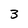
Character: 3